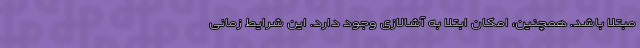
مبتلا باشد. همچنین، امکان ابتلا به آشالازی وجود دارد. این شرایط زمانی